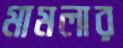
মামলার